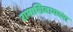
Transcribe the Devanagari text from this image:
रामाशिवायच्या